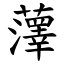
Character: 䕪